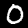
Digit: 0